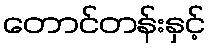
တောင်တန်းနှင့်